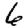
Digit: 6